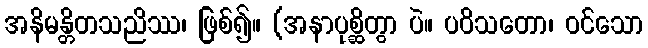
အနိမန္တိတသညိဿ၊ ဖြစ်၍။ (အနာပုစ္ဆိတွာ ပဲ။ ပဝိသတော၊ ဝင်သော